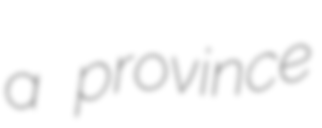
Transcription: a province